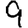
Digit: 9